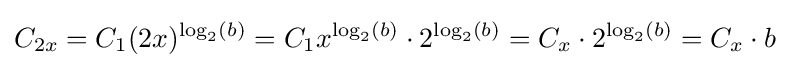
C_{2x}=C_{1}(2x)^{\log _{2}(b)}=C_{1}x^{\log _{2}(b)}\cdot 2^{\log _{2}(b)}=C_{x}\cdot 2^{\log _{2}(b)}=C_{x}\cdot b